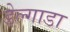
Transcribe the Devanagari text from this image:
डेल्गाडा